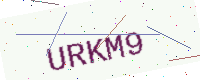
Text: URKM9